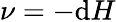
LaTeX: \nu=-\mathrm{d}H